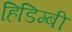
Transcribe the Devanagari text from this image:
हिडिम्बी